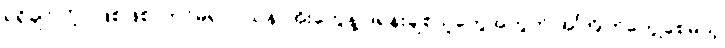
ရရှိချင်လို့ပဲ ဖြစ်ဖြစ်၊ ကင်မရာဝါသနာအိုးတွေနဲ့ ဒရုန်းချစ်သူတွေအတွက် အကြိုက်တွေ့စေမယ့်